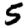
Digit: 5